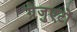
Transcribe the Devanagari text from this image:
ग्रेजुएटों